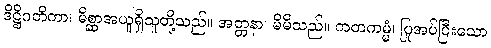
ဒိဋ္ဌိဂတိကာ၊ မိစ္ဆာအယူရှိသူတို့သည်။ အတ္တနာ၊ မိမိသည်။ ကတကမ္မံ၊ ပြုအပ်ပြီးသော